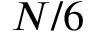
N / 6